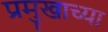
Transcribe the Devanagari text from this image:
प्रमुखाच्या